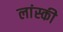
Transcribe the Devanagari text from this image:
लांस्की